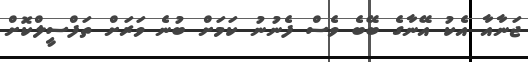
ޖަނާއާ އެކު އޭނާގެ ބޭބެ ވެސް ފެނުނު ކަމަށް ބުނެ ވަރަށް ތަފްސީލްކޮށް